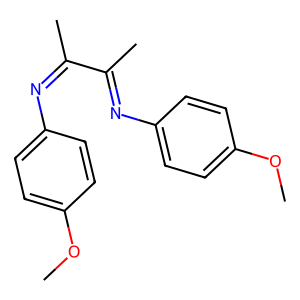
SMILES: COc1ccc(N=C(C)C(C)=Nc2ccc(OC)cc2)cc1
Inhibits HIV replication: No